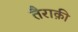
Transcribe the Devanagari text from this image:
तैराक़ी